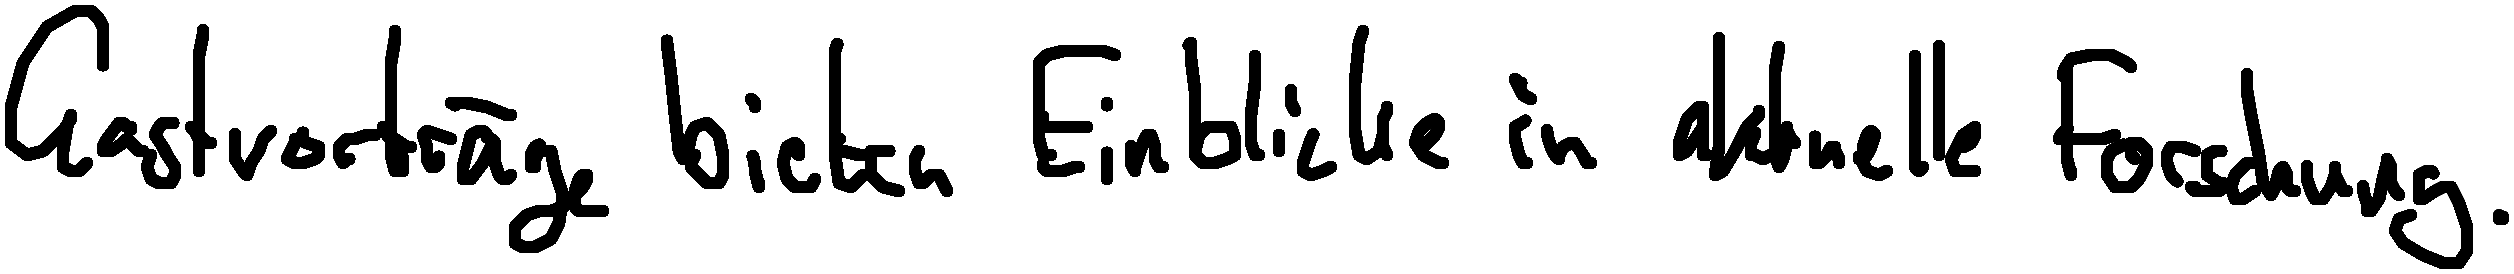
Gastvorträge bieten Einblicke in aktuelle Forschung.